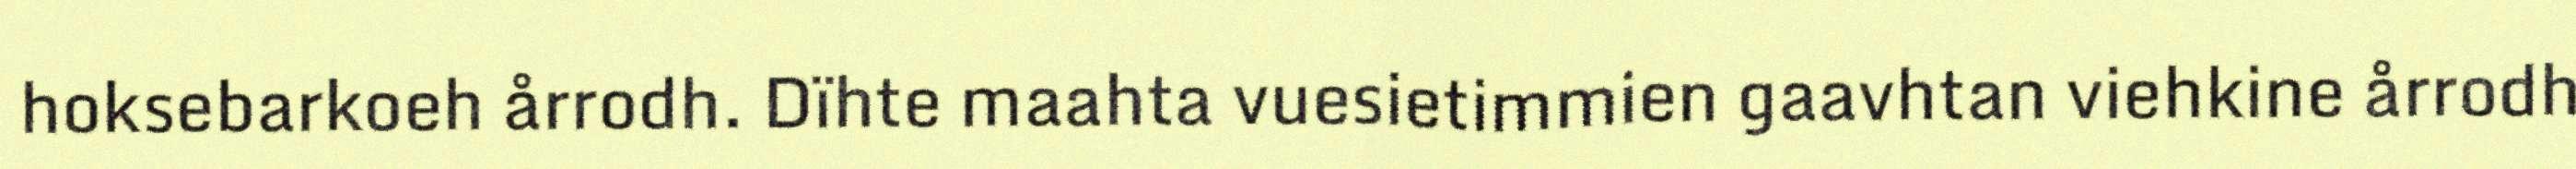
hoksebarkoeh årrodh. Dïhte maahta vuesietimmien gaavhtan viehkine årrodh